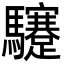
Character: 䮿